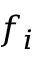
f _ { i }